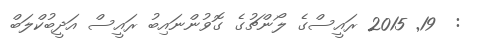
:  19